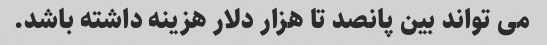
می تواند بین پانصد تا هزار دلار هزینه داشته باشد.